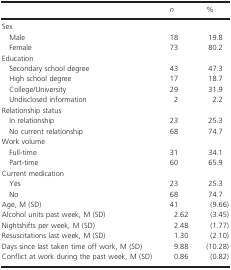
<table><thead><tr><td></td><td><b><i>n</i></b></td><td><b>%</b></td></tr></thead><tbody><tr><td colspan="3">Sex</td></tr><tr><td> Male</td><td>18</td><td>19.8</td></tr><tr><td> Female</td><td>73</td><td>80.2</td></tr><tr><td colspan="3">Education</td></tr><tr><td> Secondary school degree</td><td>43</td><td>47.3</td></tr><tr><td> High school degree</td><td>17</td><td>18.7</td></tr><tr><td> College/University</td><td>29</td><td>31.9</td></tr><tr><td> Undisclosed information</td><td>2</td><td>2.2</td></tr><tr><td colspan="3">Relationship status</td></tr><tr><td> In relationship</td><td>23</td><td>25.3</td></tr><tr><td> No current relationship</td><td>68</td><td>74.7</td></tr><tr><td colspan="3">Work volume</td></tr><tr><td> Full-time</td><td>31</td><td>34.1</td></tr><tr><td> Part-time</td><td>60</td><td>65.9</td></tr><tr><td colspan="3">Current medication</td></tr><tr><td> Yes</td><td>23</td><td>25.3</td></tr><tr><td> No</td><td>68</td><td>74.7</td></tr><tr><td>Age, M (SD)</td><td>41</td><td>(9.66)</td></tr><tr><td>Alcohol units past week, M (SD)</td><td>2.62</td><td>(3.45)</td></tr><tr><td>Nightshifts per week, M (SD)</td><td>2.48</td><td>(1.77)</td></tr><tr><td>Resuscitations last week, M (SD)</td><td>1.30</td><td>(2.10)</td></tr><tr><td>Days since last taken time off work, M (SD)</td><td>9.88</td><td>(10.28)</td></tr><tr><td>Conflict at work during the past week, M (SD)</td><td>0.86</td><td>(0.82)</td></tr></tbody></table>